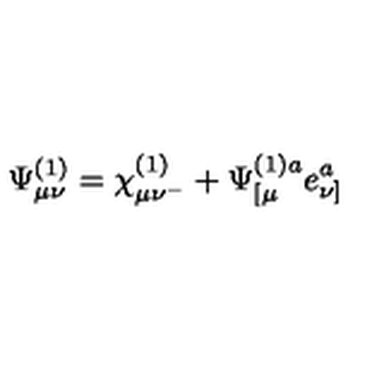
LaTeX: \Psi _ { \mu \nu } ^ { ( 1 ) } = \chi _ { \mu \nu ^ { - } } ^ { ( 1 ) } + \Psi _ { [ \mu } ^ { ( 1 ) a } e _ { \nu ] } ^ { a }